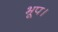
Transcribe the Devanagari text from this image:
भूप।